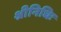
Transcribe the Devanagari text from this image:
श्रीनिधिः